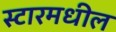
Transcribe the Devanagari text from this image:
स्टारमधील